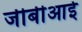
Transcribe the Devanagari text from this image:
जीबीआई